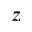
z